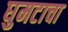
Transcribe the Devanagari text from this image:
घुमटाचा